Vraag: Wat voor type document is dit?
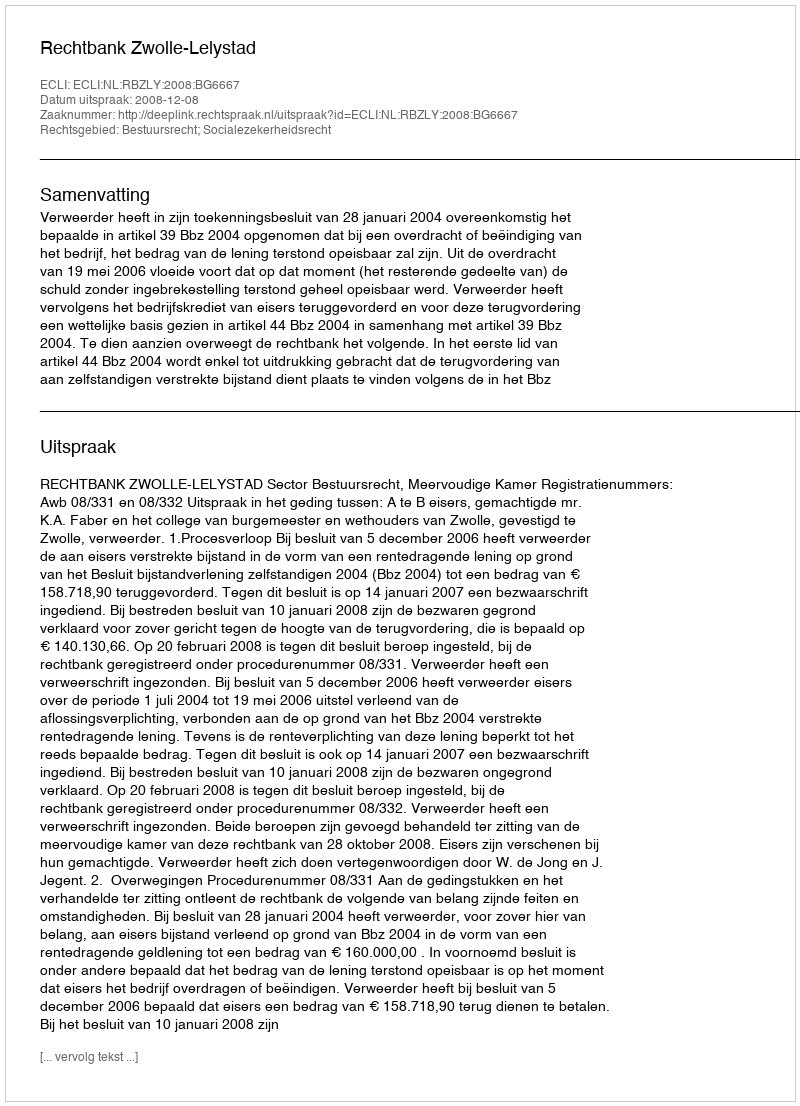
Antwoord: Uitspraak